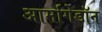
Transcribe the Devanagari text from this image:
आर्मागेडॉन